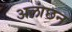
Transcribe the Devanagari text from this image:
अलांछन